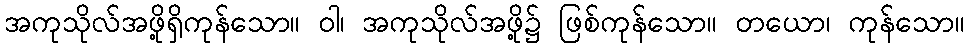
အကုသိုလ်အဖို့ရှိကုန်သော။ ဝါ၊ အကုသိုလ်အဖို့၌ ဖြစ်ကုန်သော။ တယော၊ ကုန်သော။